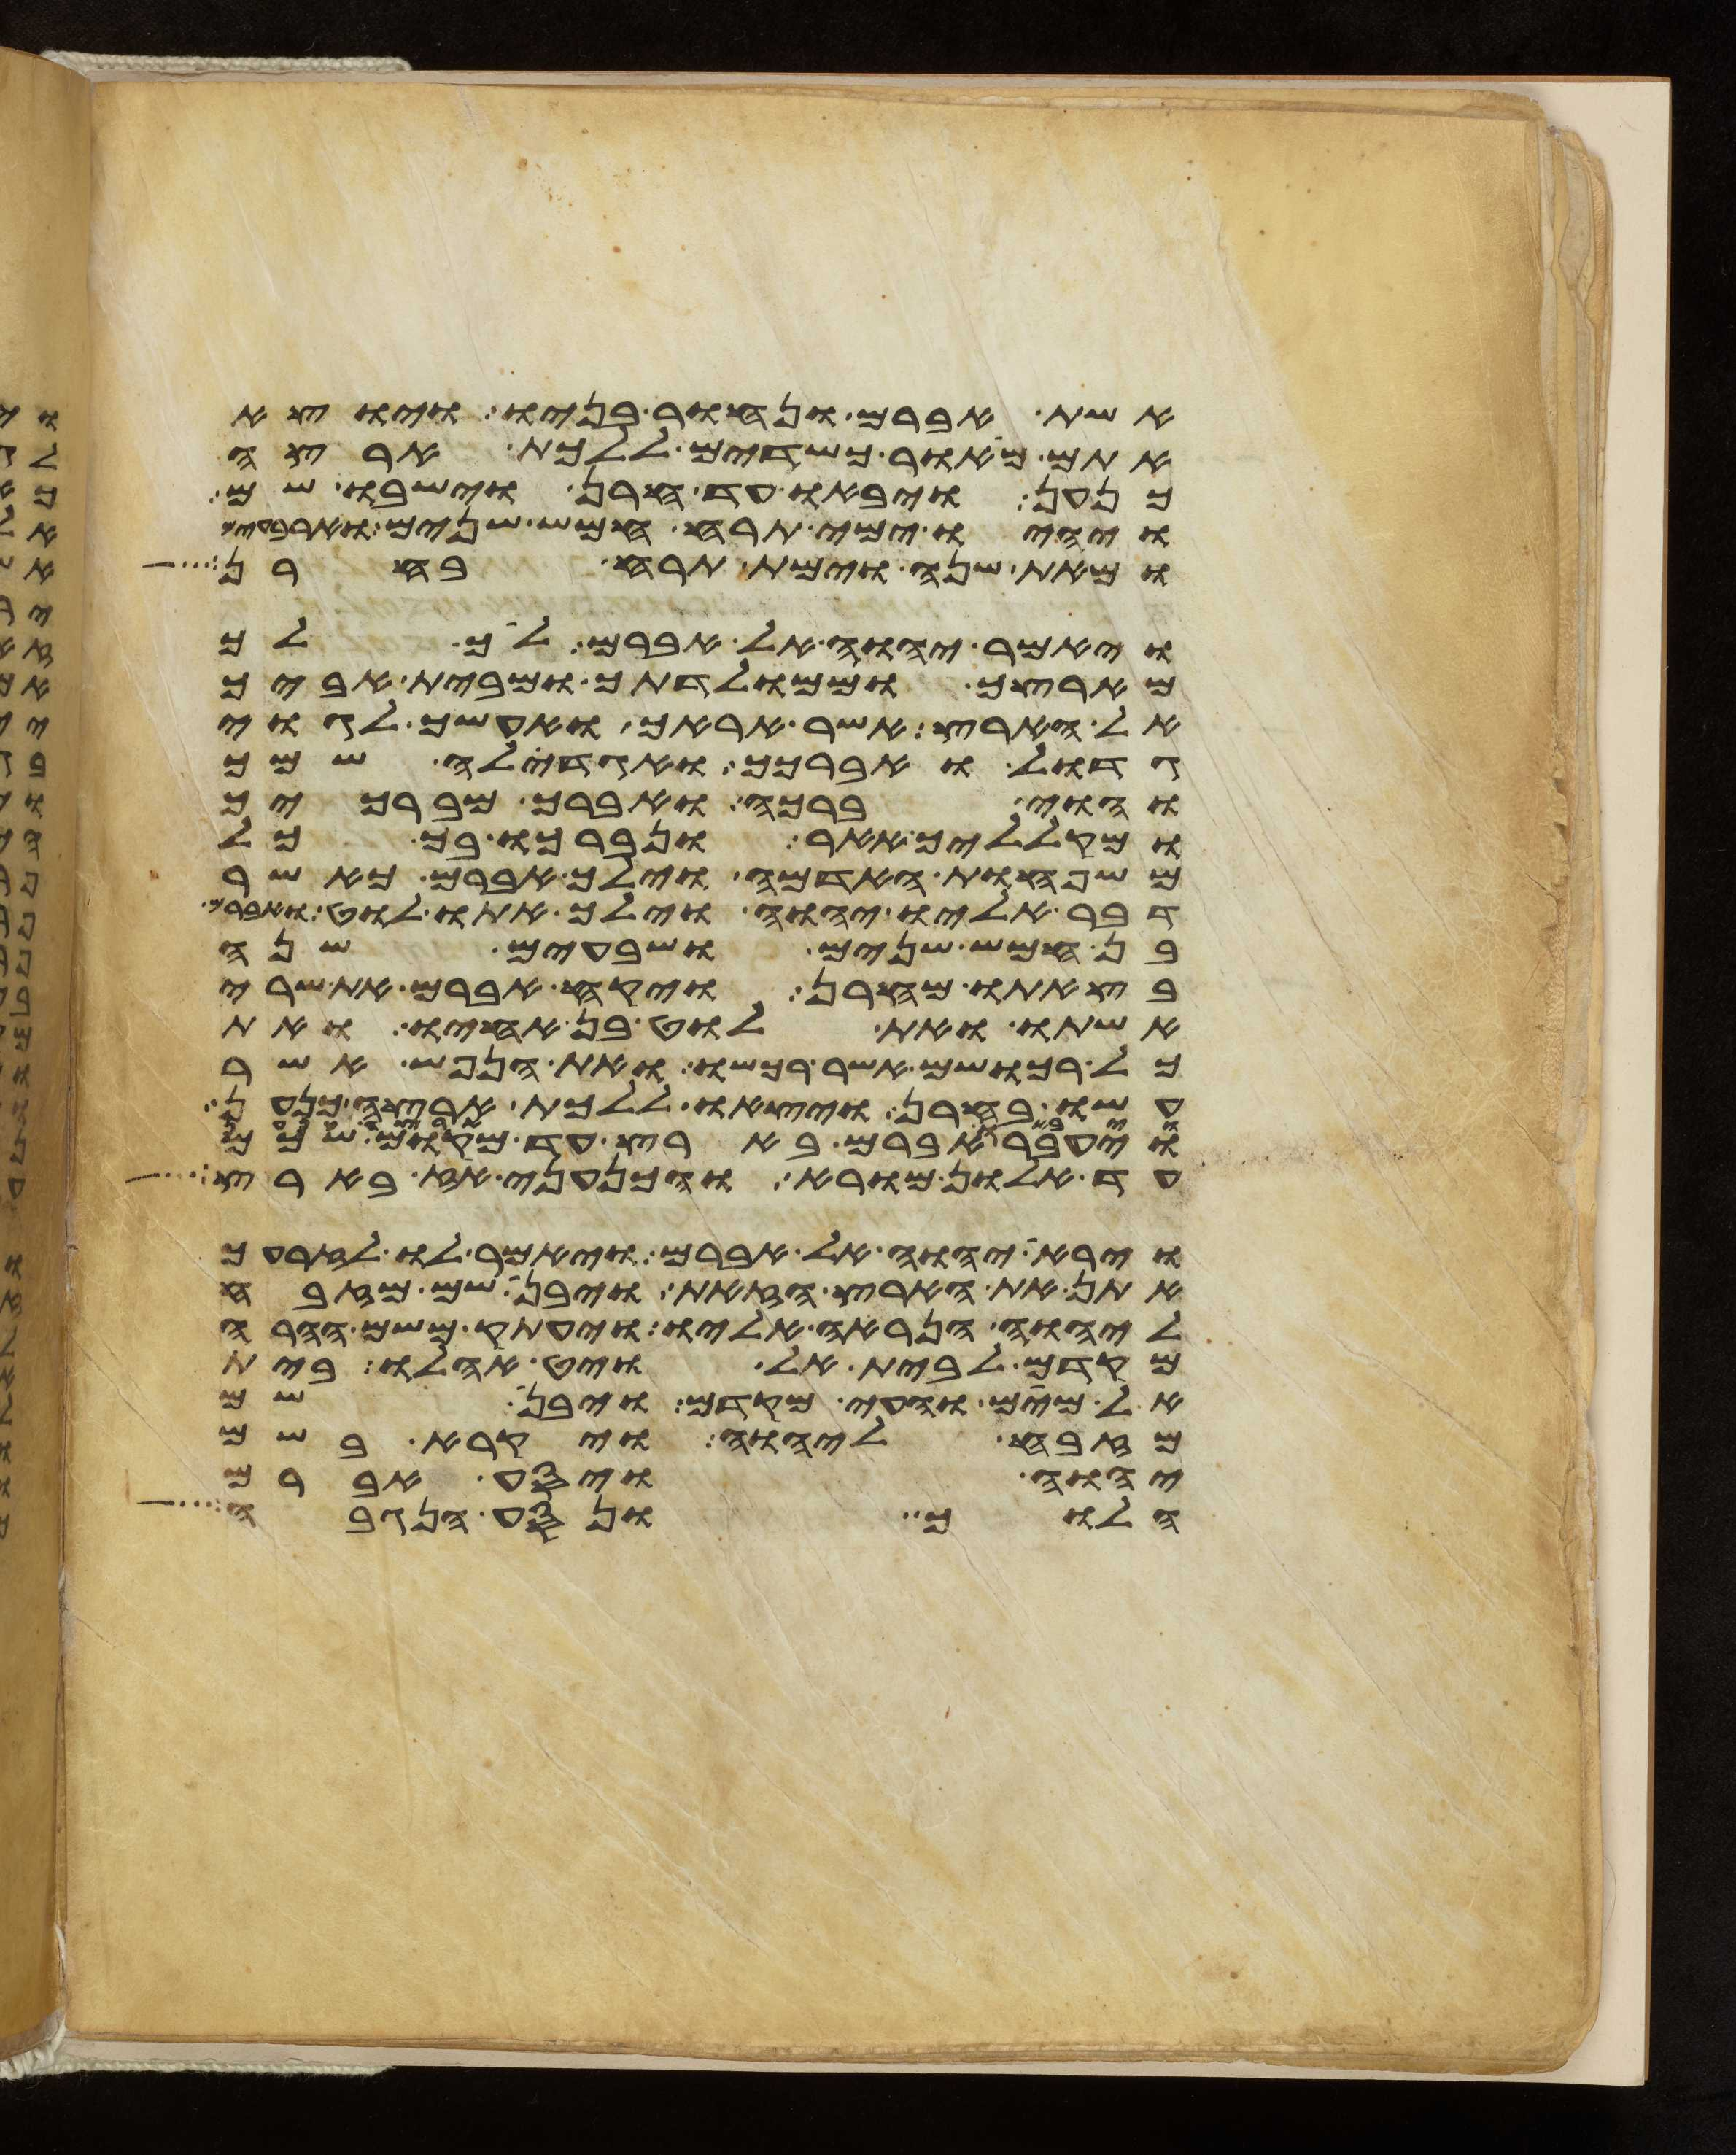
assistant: אשת אברם ונחור בניו ויוצא
אתם מאור כשדים ללכת ארצה
כנען ויבאו עד חרן וישבו שם
ויהיו ימי תרח חמש שנים וארבעים
ומאת שנה וימת תרח בחרן
ויאמר יהוה אל אברם לך לך
מארצך וממולדתך ומבית אביך
אל הארץ אשר אראך ואעשך לגוי
גדול ואברכך ואגדלה שמך
והוי ברכה ואברך מברכיך
ומקלליך אאר ונברכו בך כל
משפחות האדמה וילך אברם כאשר
דבר אליו יהוה וילך אתו לוט ואברם
בן חמש שנים ושבעים שנה
בצאתו מחרן ויקח אברם את שרי
אשתו ואת לוט בן אחיו ואת
כל רכושם אשר רכשו ואת הנפש אשר
עשו בחרן ויצאו ללכת ארצה כנען
ויעבר אברם בארץ עד מקום שכם
עד אלון מורא והכנעני אז בארץ
וירא יהוה אל אברם ויאמר לו לזרעך
אתן את הארץ הזאת ויבן שם מזבח
ליהוה הנראה אליו ויעתק משם ההרה
מקדם לבית אל ויט אהלו בית
אל מים והעי מקדם ויבן שם
מזבח ליהוה ויקרא בשם
יהוה ויסע אברם
הלוך ונסע הנגבה